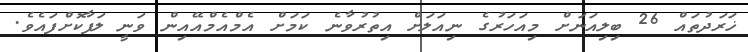
ޚަރަދުތައް 26 ބިލިއަނަށް މިއަހަރުގެ ނިއަލަށް އިތުރުވާނެ ކަމަށް އެމްއެމްއޭއިން ވަނީ ލަފާކޮށްފައެވެ.